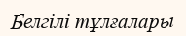
Белгілі тұлғалары